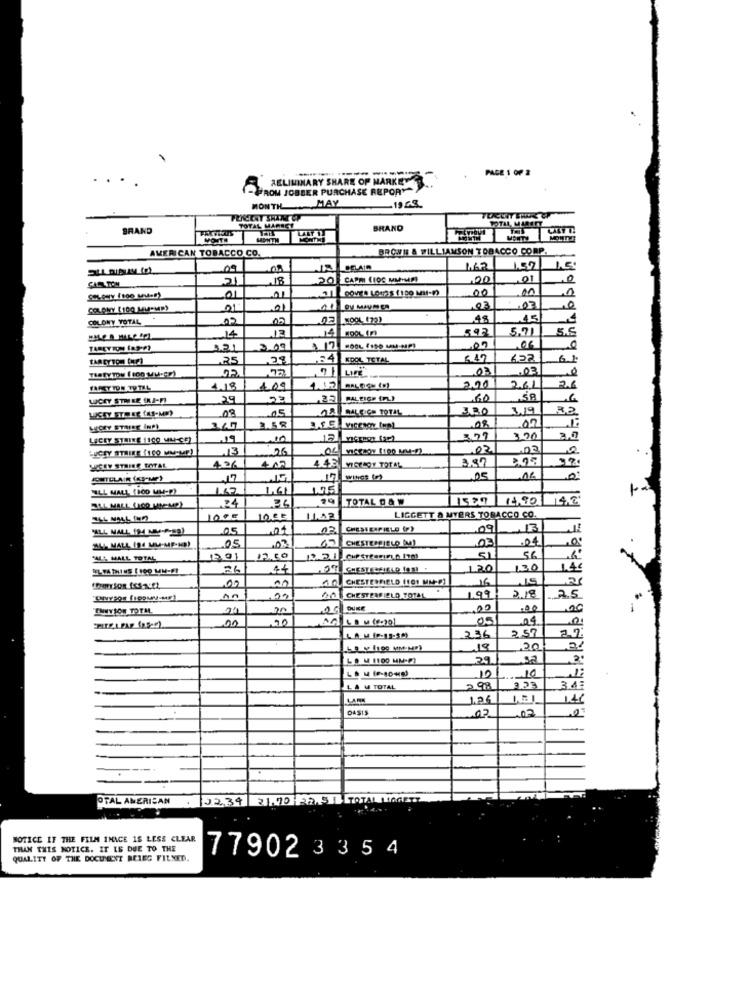
PAGE 1 OF 2
AELIMINARY SHARE OF MARKET.
FROM JOBBER PURCHASE REPORY
MONTHMAY
BRAND
TOTAL MARIET
BRAND
AMERICAN TOBACCO CO.
BROWN & WILLIAMSON TOBACCO CORP.
09
1.62
130
21
20
CAPM (IOC MM.MAI
,00
.01
00
00
01
COLONY [100 MM"MR?
01
,03
.07
10
COLONY YOTAL
02
05
02
48
12
14
5.71
5.0
14
121
: 17
00
.25
KOOL TETAL
622
.07
.03
THETYTOM ( 100 MU-CE)
4.15
FAGKY TON TU TAL
4.18
100
200
261
LUCKY STRIKE (KJ-FI
23
,22
RALEIGH (PL)
60
08
.05
& BALKICH TOTAL
3.00
319
2.58
08
LACEY STRIKE 1100 ML-CE)
10
320
3.0
LUCKY STRIKE (100 MM-ME)
26
01
.03
4.42
387
LACEY STAINS TOTAL
426
+02
17
.05
16
117
1.61
1.475
TOTAL D& W
.24
11.42
LIGGETT & MYERS TOBACCO CO.
05
03. CHESTERFIELD (F)
09
.05
CHESTERCIELO (M)
03
04
03
56
MS MALL TOTAL
51
26
44
1.20
1.30
00
40CHESTERFIELD (101 MM:P)
10
16
218
CHESTERFIELD TOTAL
1.99
25
ENNYSON TOTM
20
DUNE
00
,00
05
04
236
2.57
19
20
21
LO M 1100 MM-P)
29
52
12
. 10
--
LA W TOTAL
2.98
3.23
3.4:
1.26
141
02
02
-
OTAL AMERICAN
122,34
21.70 22. 511 TOTALLINGETT
MOTICE IF THE FILM INACE 15 LESS CLEAR
THAN THIS NOTICE. IT IS DUE TO THE
QUALITY OF THE DOCUMENT BELEG FILNED.
77902 3 35 4